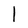
Character: l